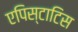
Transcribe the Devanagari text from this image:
एपिस्टाटिस